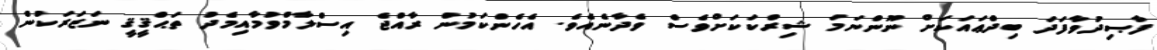
ފާޞިދުވާފަދަ ބިދްޢައަކަށް ނޫންނަމަ ޝިރްކަކަށްވެސް ވެދާނެއެވެ. އެހެންކަމުން ރާއްޖެ އިސްލާމްވުމާއިމެދު ތަޙްޤީޤީ ނަޒަރަކުން